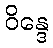
ဝိန္ဒေ